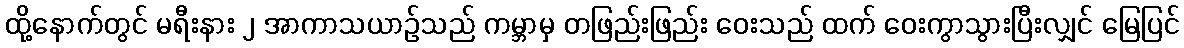
ထို့နောက်တွင် မရီးနား ၂ အာကာသယာဉ်သည် ကမ္ဘာမှ တဖြည်းဖြည်း ဝေးသည် ထက် ဝေးကွာသွားပြီးလျှင် မြေပြင်